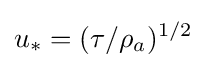
u_{*}=(\tau /\rho _{a})^{1/2}